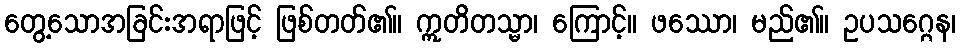
တွေ့သောအခြင်းအရာဖြင့် ဖြစ်တတ်၏။ ဣတိတသ္မာ၊ ကြောင့်။ ဖဿော၊ မည်၏။ ဥပသဂ္ဂေန၊